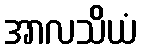
အာလသိယံ